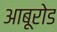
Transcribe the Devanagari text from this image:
आबूरोड